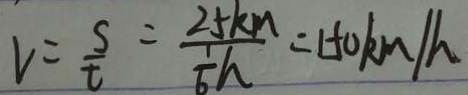
v = \frac { s } { t } = \frac { 2 5 k m } { \frac { 1 } { 6 } h } = 1 5 0 k m / h